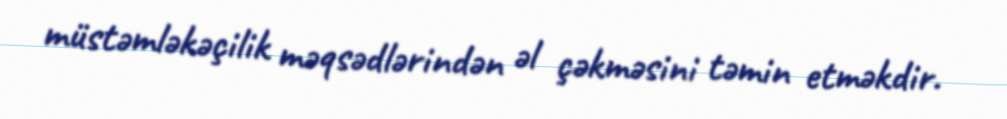
müstəmləkəçilik məqsədlərindən əl çəkməsini təmin etməkdir.